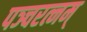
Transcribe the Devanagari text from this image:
पञ्चरत्नम्